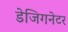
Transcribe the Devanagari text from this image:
डेजिगनेटर